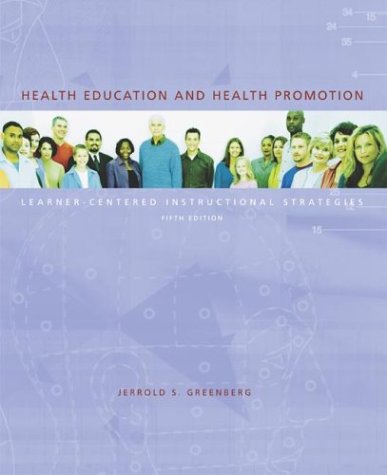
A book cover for Health Education and Health Promotion: Learner-Centered Instructional Strategies; Jerrold S Greenberg; Health, Fitness & Dieting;